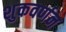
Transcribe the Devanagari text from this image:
शुकवर्णन